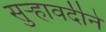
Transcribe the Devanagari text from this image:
सुर्‍हावर्दीने